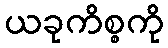
ယခုကိစ္စကို